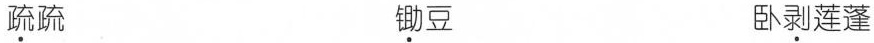
\underset{·}{疏}疏 \underset{·}{锄}豆 卧\underset{·}{剥}莲蓬